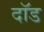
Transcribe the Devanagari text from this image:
दॉड